Report of the King Institute of Preventive Medicine, Guindy
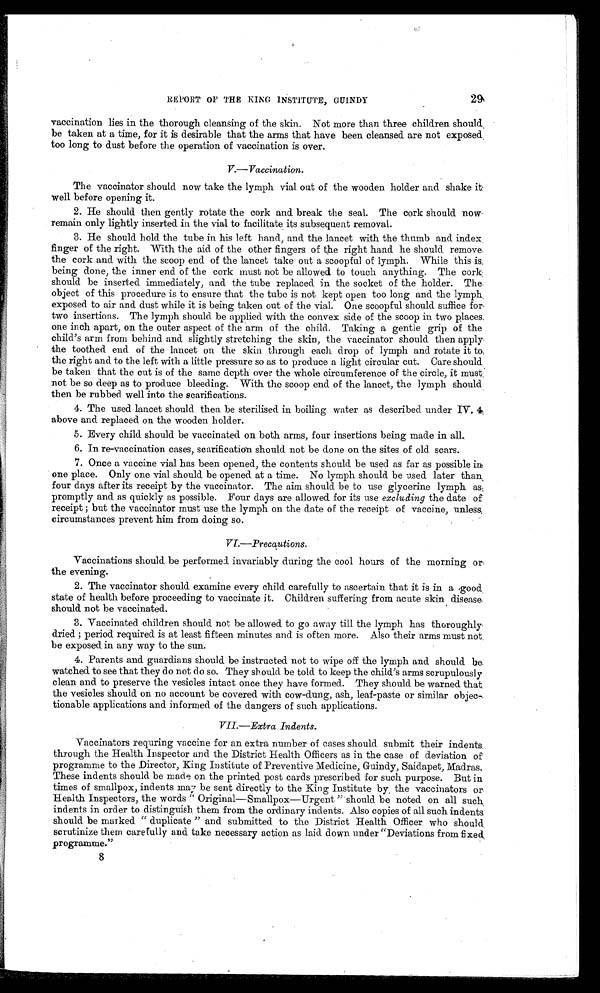
29
REPORT OF THE KING INSTITUTE, GUINDY
vaccination lies in the thorough cleansing of the skin. Not more than three children should
be taken at a time, for it is desirable that the arms that have been cleansed are not exposed
too long to dust before the operation of vaccination is over.
V.—Vaccination.
The vaccinator should now take the lymph vial out of the wooden holder and shake it
well before opening it.
2. He should then gently rotate the cork and break the seal. The cork should now
remain only lightly inserted in the vial to facilitate its subsequent removal.
3. He should hold the tube in his left hand, and the lancet with the thumb and index
finger of the right. With the aid of the other fingers of the right hand he should remove
the cork and with the scoop end of the lancet take out a scoopful of lymph. While this is
being done, the inner end of the cork must not be allowed to touch anything. The cork
should be inserted immediately, and the tube replaced in the socket of the holder. The
object of this procedure is to ensure that the tube is not kept open too long and the lymph
exposed to air and dust while it is being taken out of the vial. One scoopful should suffice for
two insertions. The lymph should be applied with the convex side of the scoop in two places
one inch apart, on the outer aspect of the arm of the child. Taking a gentle grip of the
child's arm from behind and slightly stretching the skin, the vaccinator should then apply
the toothed end of the lancet on the skin through each drop of lymph and rotate it to
the right and to the left with a little pressure so as to produce a light circular cut. Care should
be taken that the cut is of the same depth over the whole circumference of the circle, it must
not be so deep as to produce bleeding. With the scoop end of the lancet, the lymph should
then be rubbed well into the scarifications.
4. The used lancet should then be sterilised in boiling water as described under IV. 4
above and replaced on the wooden holder.
5. Every child should be vaccinated on both arms, four insertions being made in all.
6 . I n r e - v a c c i n a t i o n c a s e s , s c a r i f i c a t i o n s h o u l d n o t b e d o n e o n t h e s i t e s o f o l d s c a r s .
7. Once a vaccine vial has been opened, the contents should be used as far as possible in
one place. Only one vial should be opened at a time. No lymph should be used later than
four days after its receipt by the vaccinator. The aim should be to use glycerine lymph as
promptly and as quickly as possible. Four days are allowed for its use excluding the date of
receipt; but the vaccinator must use the lymph on the date of the receipt of vaccine, unless
circumstances prevent him from doing so.
VI.—Precautions.
Vaccinations should be performed invariably during the cool hours of the morning or
the evening.
2. The vaccinator should examine every child carefully to ascertain that it is in a good
state of health before proceeding to vaccinate it. Children suffering from acute skin disease
should not be vaccinated.
3. Vaccinated children should not be allowed to go away till the lymph has thoroughly
dried; period required is at least fifteen minutes and is often more. Also their arms must not
be exposed in any way to the sun.
4. Parents and guardians should be instructed not to wipe off the lymph and should be
watched to see that they do not do so. They should be told to keep the child's arms scrupulously
clean and to preserve the vesicles intact once they have formed. They should be warned that
the vesicles should on no account be covered with cow-dung, ash, leaf-paste or similar obje
c - t i o n a b l e a p p l i c a t i o n s a n d i n f o r m e d o f t h e d a n g e r s o f s u c h a p p l i c a t i o n s .
VII.—Extra Indents.
Vaccinators requring vaccine for an extra number of cases should submit their indents
through the Health Inspector and the District Health Officers as in the case of deviation of
programme to the Director, King Institute of Preventive Medicine, Guindy, Saidapet, Madras.
These indents should be made on the printed post cards prescribed for such purpose. But in
times of smallpox, indents may be sent directly to the King Institute by the vaccinators or
Health Inspectors, the words "Original—Smallpox—Urgent" should be noted on all such
indents in order to distinguish them from the ordinary indents. Also copies of all such indents
should be marked "duplicate" and submitted to the District Health Officer who should
scrutinize them carefully and take necessary action as laid down under "Deviations from fixed
programme."
8